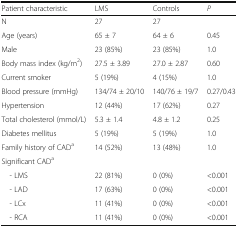
<table><thead><tr><td><b>Patient characteristic</b></td><td><b>LMS</b></td><td><b>Controls</b></td><td><b><i>P</i></b></td></tr></thead><tbody><tr><td>N</td><td>27</td><td>27</td><td></td></tr><tr><td>Age (years)</td><td>65 ± 7</td><td>64 ± 6</td><td>0.45</td></tr><tr><td>Male</td><td>23 (85%)</td><td>23 (85%)</td><td>1.0</td></tr><tr><td>Body mass index (kg/m<sup>2</sup>)</td><td>27.5 ± 3.89</td><td>27.0 ± 2.87</td><td>0.60</td></tr><tr><td>Current smoker</td><td>5 (19%)</td><td>4 (15%)</td><td>1.0</td></tr><tr><td>Blood pressure (mmHg)</td><td>134/74 ± 20/10</td><td>140/76 ± 19/7</td><td>0.27/0.43</td></tr><tr><td>Hypertension</td><td>12 (44%)</td><td>17 (62%)</td><td>0.27</td></tr><tr><td>Total cholesterol (mmol/L)</td><td>5.3 ± 1.4</td><td>4.8 ± 1.2</td><td>0.25</td></tr><tr><td>Diabetes mellitus</td><td>5 (19%)</td><td>5 (19%)</td><td>1.0</td></tr><tr><td>Family history of CAD<sup>a</sup></td><td>14 (52%)</td><td>13 (48%)</td><td>1.0</td></tr><tr><td colspan="4">Significant CAD<sup>a</sup></td></tr><tr><td> - LMS</td><td>22 (81%)</td><td>0 (0%)</td><td>&lt;0.001</td></tr><tr><td> - LAD</td><td>17 (63%)</td><td>0 (0%)</td><td>&lt;0.001</td></tr><tr><td> - LCx</td><td>11 (41%)</td><td>0 (0%)</td><td>&lt;0.001</td></tr><tr><td> - RCA</td><td>11 (41%)</td><td>0 (0%)</td><td>&lt;0.001</td></tr></tbody></table>